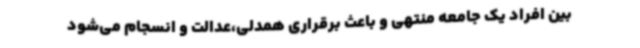
بین افراد یک جامعه منتهی و باعث برقراری همدلی،عدالت و انسجام می‌شود